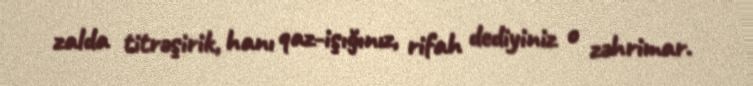
zalda titrəşirik, hanı qaz-işığınız, rifah dediyiniz o zəhrimar.